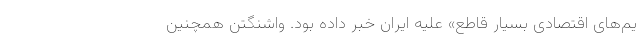
یم‌های اقتصادی بسیار قاطع» علیه ایران خبر داده بود. واشنگتن همچنین